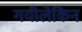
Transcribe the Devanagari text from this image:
गयीलेकिन